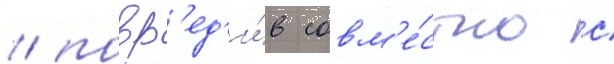
/ повр'ед'и́в совм'е́стно с